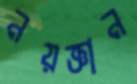
নয়জ্ঞান